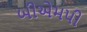
બીએમપી